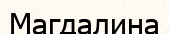
Магдалина